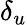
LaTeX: \delta_{u}